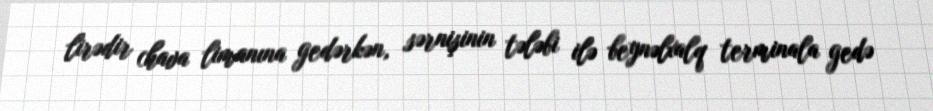
lirədir (hava limanına gedərkən, sərnişinin tələbi ilə beynəlxalq terminala gedə